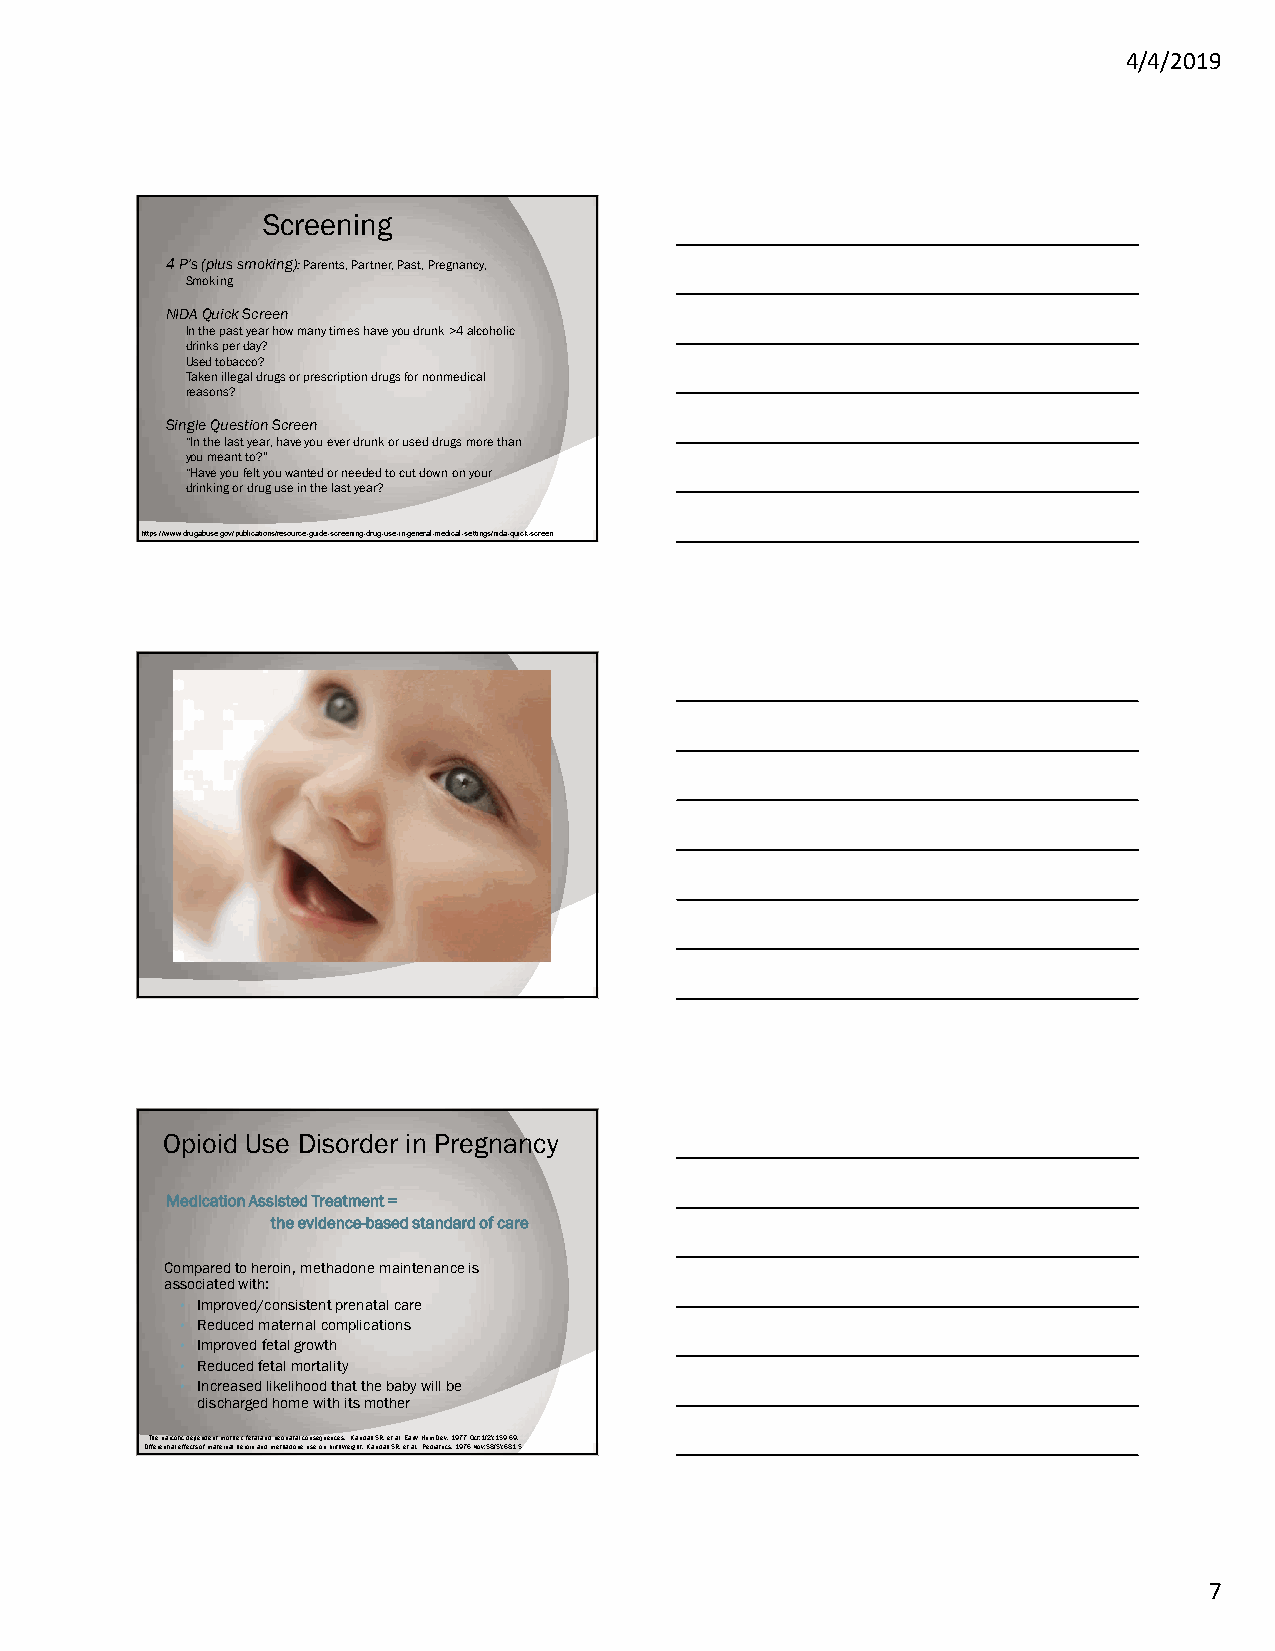
4/4/2019
 Screening
 4 P's (plus smoking): Parents, Partner, Past, Pregnancy,
 Smoking
 NIDA Quick Screen
 In the past year how many times have you drunk >4 alcoholic
 drinks per day?
 Used tobacco?
 Taken illegal drugs or prescription drugs for nonmedical
 reasons?
 Single Question Screen
 “In the last year, have you ever drunk or used drugs more than
 you meant to?”
 “Have you felt you wanted or needed to cut down on your
 drinking or drug use in the last year?
 https://www.drugabuse.gov/publications/resource-guide-screening-drug-use-in-general-medical-settings/nida-quick-screen
 Opioid Use Disorder in Pregnancy
 Medication Assisted Treatment =
 the evidence-based standard of care
 Compared to heroin, methadone maintenance is
 associated with:
 • Improved/consistent prenatal care
 • Reduced maternal complications
 • Improved fetal growth
 • Reduced fetal mortality
 • Increased likelihood that the baby will be
 discharged home with its mother
 The narcotic-dependent mother: fetal and neonatal consequences. Kandall SR, et al Early Hum Dev. 1977 Oct;1(2):159-69.
 Differential effects of maternal heroin and methadone use on birthweight. Kandall SR, et al. Pediatrics. 1976 Nov;58(5):681-5.
 7